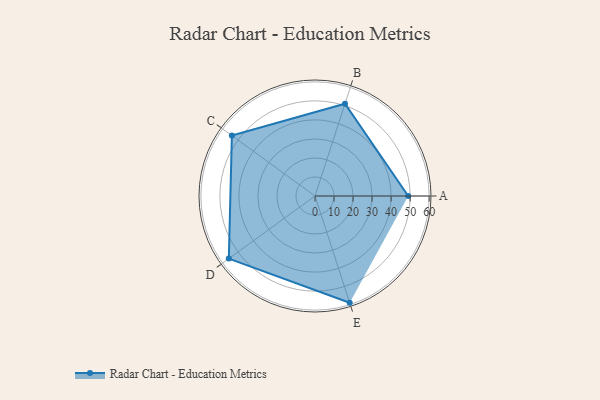
{"axis": {"x": "Skill", "y": "Score"}, "legend": ["Profile"], "data": [{"x": "A", "y": 49.0, "type": "Profile"}, {"x": "B", "y": 51.0, "type": "Profile"}, {"x": "C", "y": 54.0, "type": "Profile"}, {"x": "D", "y": 56.0, "type": "Profile"}, {"x": "E", "y": 59.0, "type": "Profile"}]}